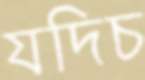
যদিচ